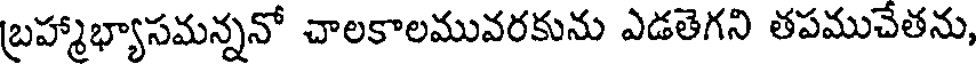
బ్రహ్మాభ్యాసమన్ననో చాలకాలమువరకును ఎడతెగని తపముచేతను,